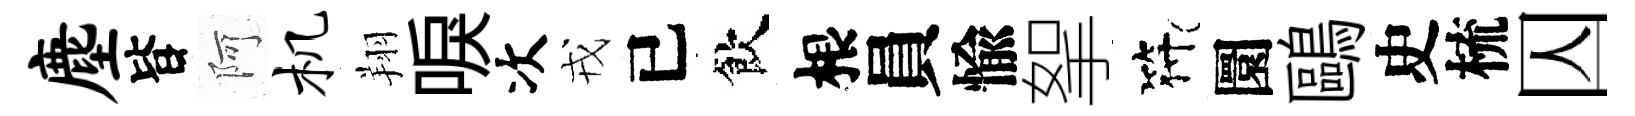
麈𣅜阿机翔唳次戎已飲根員愉挐符圜鷗史梳囚